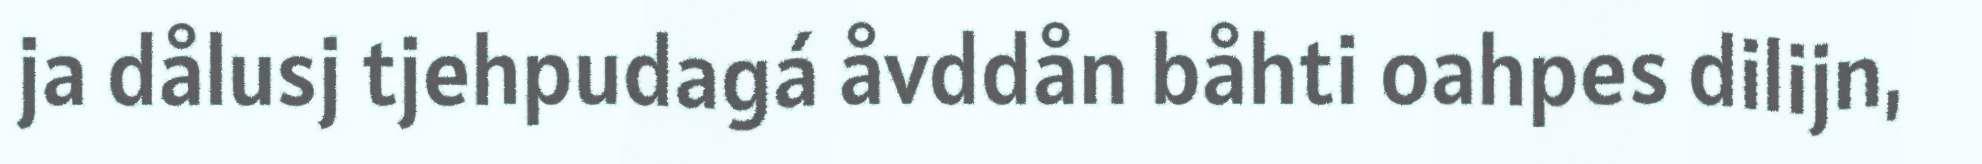
ja dålusj tjehpudagá åvddån båhti oahpes dilijn,